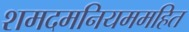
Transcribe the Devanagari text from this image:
शमदमनियममहित